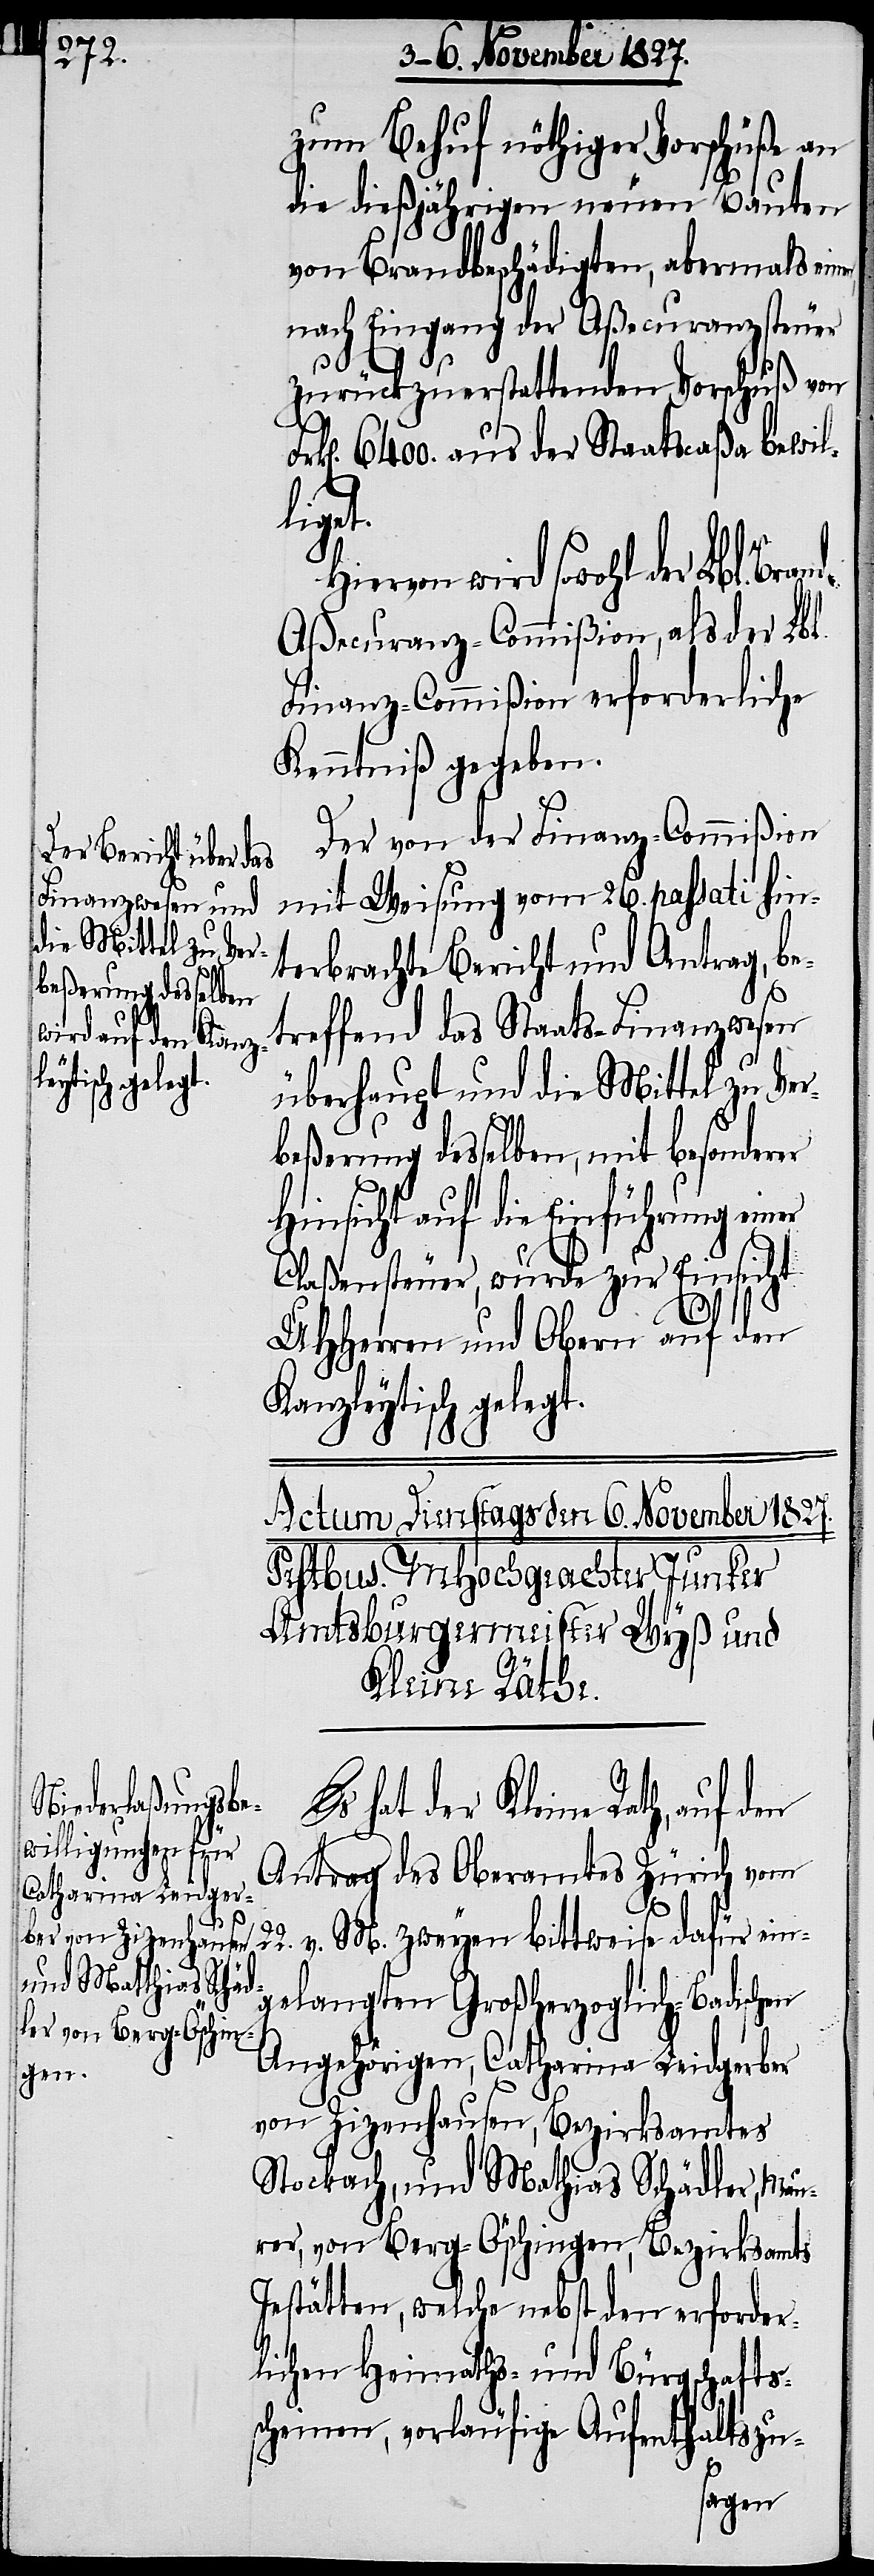
liget.

zum Behuf nöthiger Vorschüße an
die dießjährigen neuen Bauten
von Brandbeschädigten, abermals ein¬
nach Eingang der Aßecuranzsteuer
zurückzuerstattenden Vorschuß von
k[en]. 6400. aus der Staatscaßa bewil¬
Bran¬
Hiervon wird sowohl der Lbl.
d-Aßecuranz-Commißion, als der Lbl.
Finanz-Commißion erforderliche
Kenntniß gegeben.
Der von der Finanz-Commißion
mit Weisung vom 26. passati hin¬
terbrachte Bericht und Antrag, be¬
Es
treffend das Staats-Finanzwesen
überhaupt und die Mittel zu Ver¬
beßerung desselben, mit besonderer
Hinsicht auf die Einführung einer
Claßensteuer, wurde zur Einsicht
UHHerren und Obern auf den
Kanzleytisch gelegt.
hat der Kleine Rath, auf den
Antrag des Oberamts Zürich vom
22. v. M. zweyen bittweise dafür ein¬
gelangten Großherzoglich-Badischen
Angehörigen, Catharina Leidgerber
von Zizenhausen, Bezirksamtes
Stockach, und Matthias Schädler, Mau¬
rer, von Berg-Öschingen, Bezirksamts
Instätten, welche nebst den erforder¬
lichen Heimaths- und Bürgschafts¬
scheinen, vorläufige Aufenthaltszu-